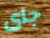
جاى